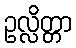
ဥလ္လိတ္တာ